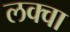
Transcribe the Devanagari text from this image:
लक्वा